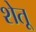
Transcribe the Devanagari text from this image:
शेतू